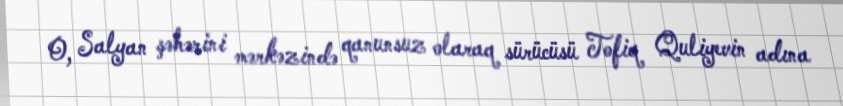
O, Salyan şəhərini mərkəzində qanunsuz olaraq sürücüsü Tofiq Quliyevin adına